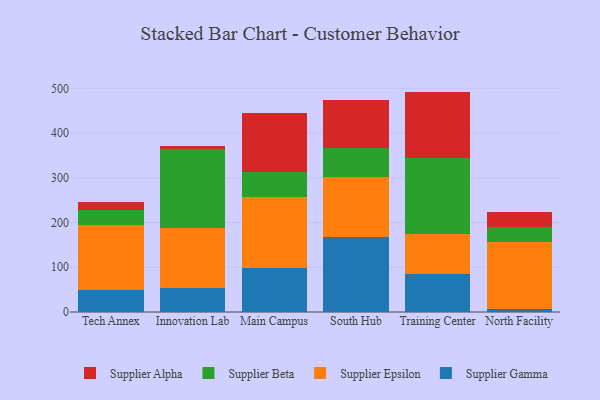
{"axis": {"x": "Campus", "y": "Inventory Turnover"}, "legend": ["Supplier Alpha", "Supplier Beta", "Supplier Epsilon", "Supplier Gamma"], "data": [{"x": "Tech Annex", "y": 49.8, "type": "Supplier Gamma"}, {"x": "Tech Annex", "y": 145.2, "type": "Supplier Epsilon"}, {"x": "Tech Annex", "y": 33.2, "type": "Supplier Beta"}, {"x": "Tech Annex", "y": 17.1, "type": "Supplier Alpha"}, {"x": "Innovation Lab", "y": 52.9, "type": "Supplier Gamma"}, {"x": "Innovation Lab", "y": 134.0, "type": "Supplier Epsilon"}, {"x": "Innovation Lab", "y": 177.0, "type": "Supplier Beta"}, {"x": "Innovation Lab", "y": 8.1, "type": "Supplier Alpha"}, {"x": "Main Campus", "y": 98.5, "type": "Supplier Gamma"}, {"x": "Main Campus", "y": 159.6, "type": "Supplier Epsilon"}, {"x": "Main Campus", "y": 54.3, "type": "Supplier Beta"}, {"x": "Main Campus", "y": 133.4, "type": "Supplier Alpha"}, {"x": "South Hub", "y": 167.4, "type": "Supplier Gamma"}, {"x": "South Hub", "y": 134.1, "type": "Supplier Epsilon"}, {"x": "South Hub", "y": 65.9, "type": "Supplier Beta"}, {"x": "South Hub", "y": 107.3, "type": "Supplier Alpha"}, {"x": "Training Center", "y": 84.1, "type": "Supplier Gamma"}, {"x": "Training Center", "y": 89.3, "type": "Supplier Epsilon"}, {"x": "Training Center", "y": 170.2, "type": "Supplier Beta"}, {"x": "Training Center", "y": 149.1, "type": "Supplier Alpha"}, {"x": "North Facility", "y": 6.4, "type": "Supplier Gamma"}, {"x": "North Facility", "y": 149.4, "type": "Supplier Epsilon"}, {"x": "North Facility", "y": 34.4, "type": "Supplier Beta"}, {"x": "North Facility", "y": 34.3, "type": "Supplier Alpha"}]}